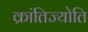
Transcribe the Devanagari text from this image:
क्रांतिज्योति